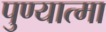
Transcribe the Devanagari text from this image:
पुण्‍यात्‍मा